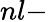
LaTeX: nl-